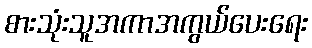
စားသုံးသူအကာအကွယ်ပေးရေး